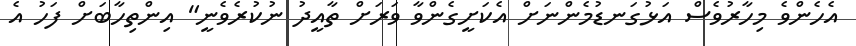
އެހެންވެ މިހާރުވެސް އަޅުގަނޑުމެންނަށް އެކަށީގެންވާ ވަރަށް ތާއީދު ނުކުރެވެނީ" އިންތިހާބަށް ފަހު އެ